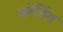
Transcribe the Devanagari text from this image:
ब्लेडिंग